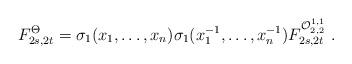
LaTeX: \begin{align*}F_{2s,2t}^{\Theta }=\sigma _{1}(x_{1},\ldots ,x_{n})\sigma_{1}(x_{1}^{-1},\ldots ,x_{n}^{-1})F_{2s,2t}^{{\cal O}_{2,2}^{1,1}}\,\,.\end{align*}